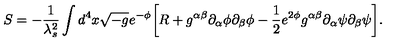
S = - \frac { 1 } { \lambda _ { s } ^ { 2 } } \int d ^ { 4 } x \sqrt { - g } e ^ { - \phi } \biggl [ R + g ^ { \alpha \beta } \partial _ { \alpha } \phi \partial _ { \beta } \phi - \frac { 1 } { 2 } e ^ { 2 \phi } g ^ { \alpha \beta } \partial _ { \alpha } \psi \partial _ { \beta } \psi \biggr ] .